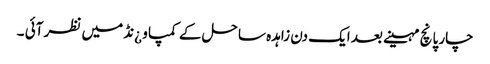
چار پانچ مہینے بعد ایک دن زاہدہ ساحل کے کمپاو ¿نڈ میں نظر آئی ۔